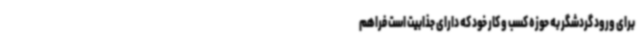
برای ورود گردشگر به حوزه کسب و کار خود که دارای جذابیت است فراهم‌